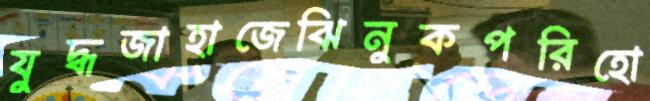
যুদ্ধজাহাজেঝিনুকপরিহো